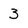
Character: 3